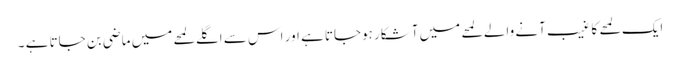
ایک لمحے کا غیب آنے والے لمحے میں آشکار ہوجاتا ہے اور اس سے اگلے لمحے میں ماضی بن جاتا ہے ۔